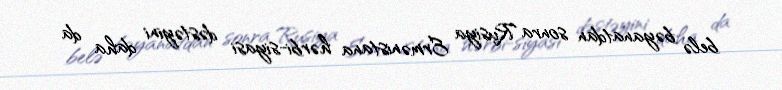
belə bəyanatdan sonra Rusiya Ermənistana hərbi-siyasi dəstəyini daha da